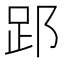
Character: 𮛈